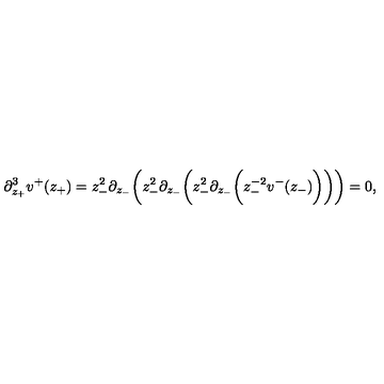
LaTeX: \partial _ { z _ { + } } ^ { 3 } v ^ { + } ( z _ { + } ) = z _ { - } ^ { 2 } \partial _ { z _ { - } } \bigg ( z _ { - } ^ { 2 } \partial _ { z _ { - } } \bigg ( z _ { - } ^ { 2 } \partial _ { z _ { - } } \bigg ( z _ { - } ^ { - 2 } v ^ { - } ( z _ { - } ) \bigg ) \bigg ) \bigg ) = 0 ,